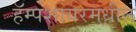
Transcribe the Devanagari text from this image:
हॅम्पशायरमधील